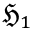
{ \mathfrak { H } } _ { 1 }